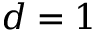
d = 1